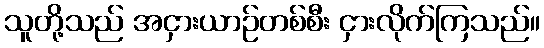
သူတို့သည် အငှားယာဉ်တစ်စီး ငှားလိုက်ကြသည်။